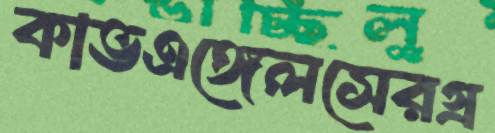
কাভএঙ্গেলসেরগ্র